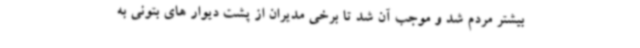
بیشتر مردم شد و موجب آن شد تا برخی مدیران از پشت دیوار های بتونی به